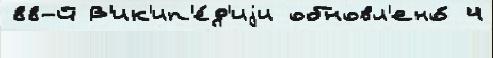
88-й В'ик'ип'е́д'иjи обновл'ено́ 4